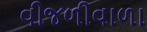
વીજળીવાળા